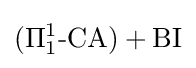
(\Pi _{1}^{1}{\text{-CA}})+{\text{BI}}